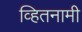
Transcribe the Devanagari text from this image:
व्हितनामी